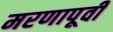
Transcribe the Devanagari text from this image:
मरणापूर्वी